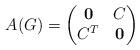
LaTeX: \begin{align*}A(G)=\begin{pmatrix}\mathbf{0}&C\\C^T&\mathbf{0}\end{pmatrix}\end{align*}